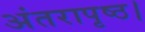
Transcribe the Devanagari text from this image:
अंतरापृष्ठ।